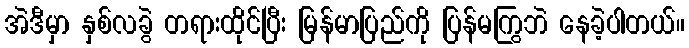
အဲဒီမှာ နှစ်လခွဲ တရားထိုင်ပြီး မြန်မာပြည်ကို ပြန်မကြွဘဲ နေခဲ့ပါတယ်။